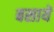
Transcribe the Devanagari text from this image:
बसायें